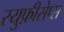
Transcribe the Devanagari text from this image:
रयुफ़ीसेप्स